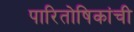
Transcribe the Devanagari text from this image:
पारितोषिकांची